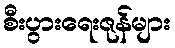
စီးပွားရေးဇုန်များ